Civil Veterinary Department Bengal reports 1923-33 - 1923-1933
Year: 1923
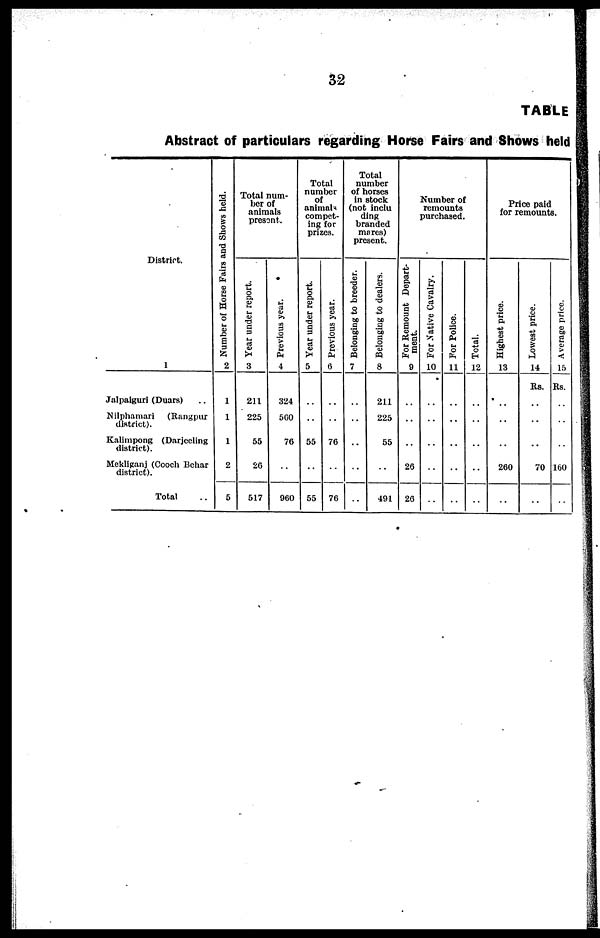
32
TABLE
Abstract of particulars regarding Horse Fairs and Shows held
District.
1
Jalpaiguri (Duars) ..
Nilphamari
(Rangpur
district).
Kalimpong (Darjeeling
district).
Mekliganj (Cooch Behar
district).
Total ..
Number of Horse Fairs and Shows held.
2
1
1
1
2
5
Total num-
ber of
animals
present.
Year under report.
3
211
225
55
26
517
Previous year.
4
324
560
76
..
960
Total
number
of
animals
compet-
ing for
prizes.
Year under report.
5
..
..
55
..
55
Previous year.
6
..
..
76
..
76
Total
number
of horses
in stock
(not inclu
ding
branded
mares)
present.
Belonging to breeder.
7
..
..
..
..
Belonging to dealers.
8
211
225
55
..
491
Number of
remounts
purchased.
For Remount Depart-
ment.
9
..
..
..
26
26
For Native Cavalry.
10
..
..
..
..
..
For Police.
11
..
..
..
..
..
Total.
12
..
..
..
..
..
Price paid
for remounts.
Highest price.
13
..
..
..
260
..
Lowest price.
14
Rs.
..
..
..
70
..
Average price.
15
Rs.
..
..
..
160
..